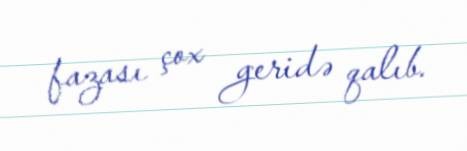
fazası çox geridə qalıb.